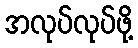
အလုပ်လုပ်ဖို့